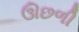
ઊછળી